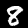
Label: 8